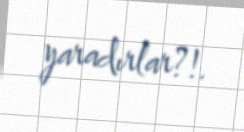
yaradırlar?!.